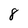
Character: 8